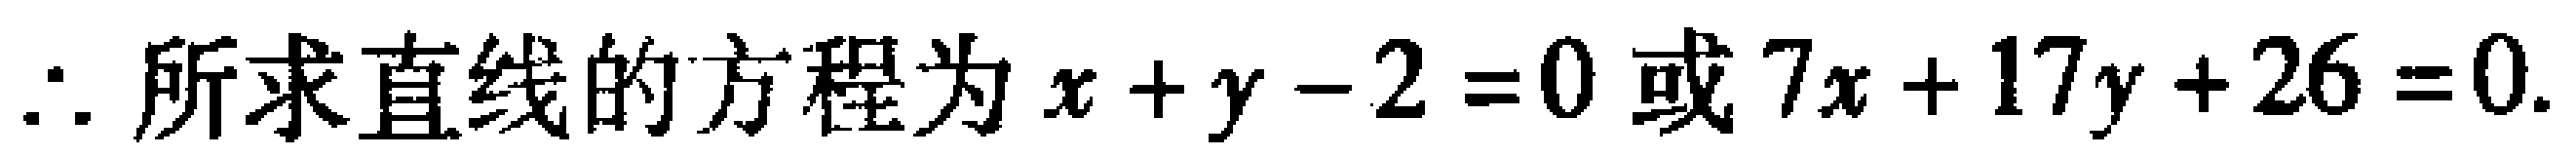
\(\therefore\)所求直线的方程为\(x + y - 2 = 0\)或\(7x + 17y + 26 = 0\).